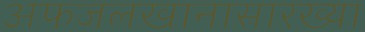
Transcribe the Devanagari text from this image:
अफजलखानासारख्या